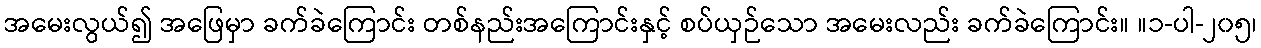
အမေးလွယ်၍ အဖြေမှာ ခက်ခဲကြောင်း တစ်နည်းအကြောင်းနှင့် စပ်ယှဉ်သော အမေးလည်း ခက်ခဲကြောင်း။ ။၁-ပါ-၂၀၅၊